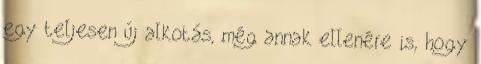
egy teljesen új alkotás, még annak ellenére is, hogy